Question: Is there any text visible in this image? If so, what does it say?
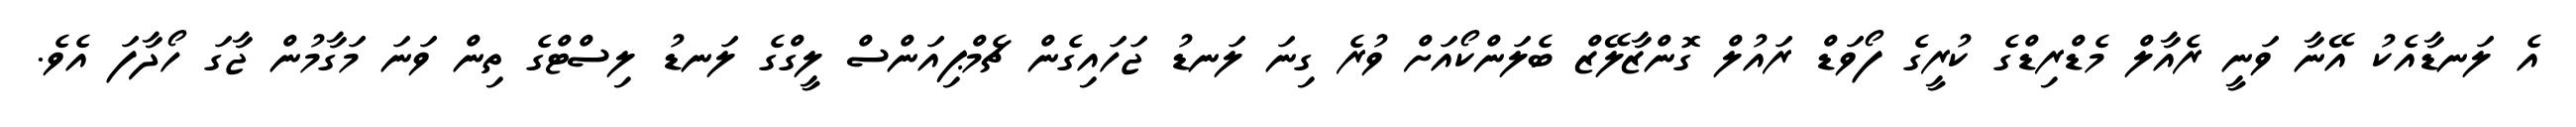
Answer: އެ ލަނޑާއެކު އޭނާ ވަނީ ރެއާލް މެޑްރިޑްގެ ކުރީގެ ފޯވަޑް ރައުލް ގޮންޒާލޭޒް ބެލަންކޯއަށް ވުރެ ގިނަ ލަނޑު ޖަހައިގެން ޗެމްޕިއަންސް ލީގްގެ ލަނޑު ލިސްޓްގެ ތިން ވަނަ މަގާމުން ޖާގަ ހޯދާފަ އެވެ.